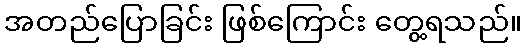
အတည်ပြောခြင်း ဖြစ်ကြောင်း တွေ့ရသည်။